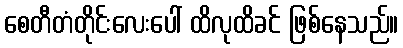
စေတီတံတိုင်းလေးပေါ် ထိလုထိခင် ဖြစ်နေသည်။